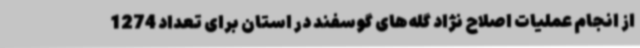
از انجام عملیات اصلاح نژاد گله‌های گوسفند در استان برای تعداد 1274